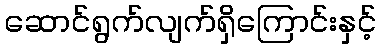
ဆောင်ရွက်လျက်ရှိကြောင်းနှင့်